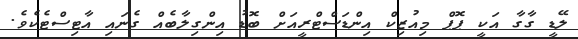
ލޭޑީ ގާގާ އަކީ ޕޮޕް މިއުޒިކް އިންޑަސްޓްރީއަށް ބޮޑު އިންގިލާބެއް ގެނައި އާޓިސްޓެކެވެ.